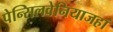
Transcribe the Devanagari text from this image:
पेन्सिलवेनियाजहां